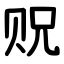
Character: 贶